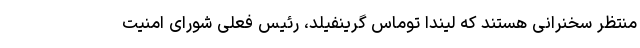
منتظر سخنرانی هستند که لیندا توماس گرینفیلد، رئیس فعلی شورای امنیت